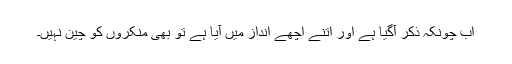
اب چونکہ ذکر آگیا ہے اور اتنے اچھے انداز میں آیا ہے تو بھی منکروں کو چین نہیں۔